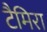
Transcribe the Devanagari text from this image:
टैमिरा